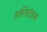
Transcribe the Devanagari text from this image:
हस्तिदंताना